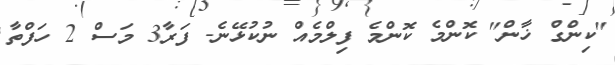
"ކިންގް ޚާން" ކޮންމެ ކޮންމެ ފިލްމެއް ނުކުޅޭނެ- ފަރާ3 މަސް 2 ހަފްތާ